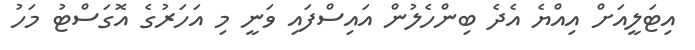
އިޓަލީއަށް އިއްޔެ އެދެ ބިންހެލުން އައިސްފައި ވަނީ މި އަހަރުގެ އޮގަސްޓު މަހު